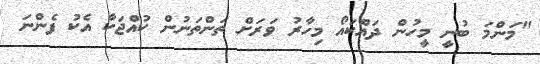
"މަންމަ ބުނީ މީހުން ދައްކައޯ މިހާރު ވަރަށް ތަންތަނުން ކުއްޖަކާ އެކު ފެންނަ